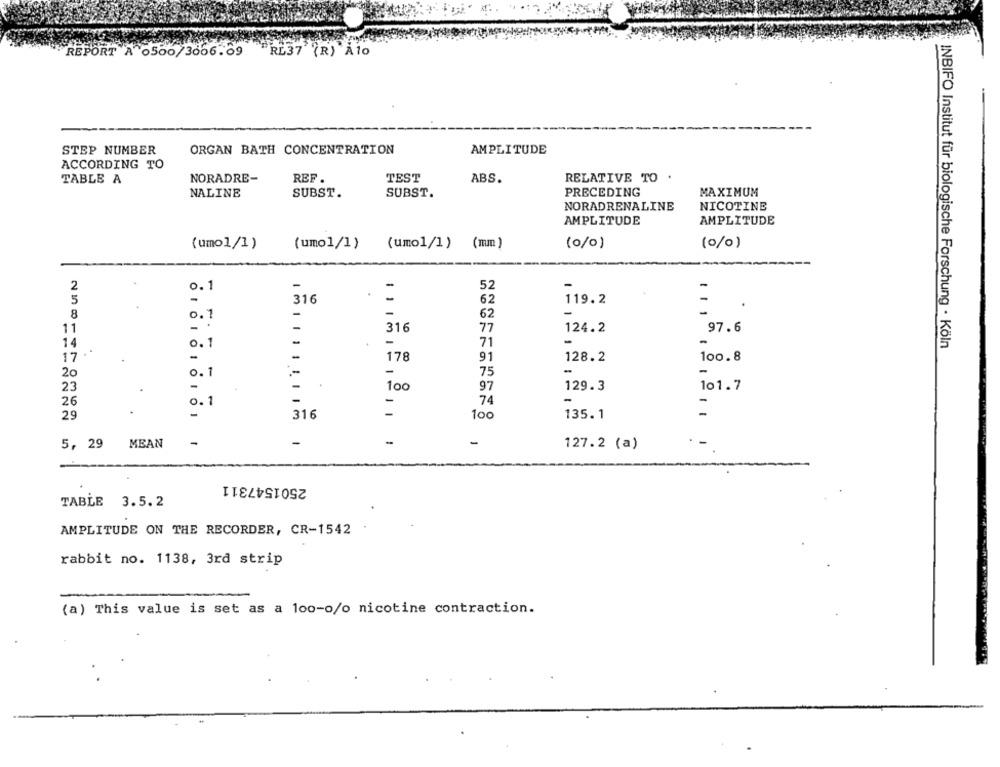
REPORT A 0500/3066.09
RL37' (R) Alo
STEP NUMBER
ORGAN BATH CONCENTRATION
AMPLITUDE
ACCORDING TO
REF
TABLE A
NORADRE-
TEST
ABS.
RELATIVE TO .
NALINE
PRECEDING
MAXIMUM
SUBST.
SUBST.
NORADRENALINE
NICOTINE
AMPLITUDE
AMPLITUDE
(umo1/1)
(umo1/1)
(mm)
(0/0)
(o/o)
(umo1/1)
2
-
-
0. 1
52
5
119.2
-
316
62
8
-
-
0. 7
62
11
-
316
77
124.2
97.6
14
0.1
-
-
71
INBIFO Institut für biologische Forschung · Köln
17
-
178
91
128.2
100.8
-
20
0.1
-
75
23
-
-
97
129.3
101.7
-
26
0 .1
-
-
74
-
135.1
-
29
316
100
5, 29
MEAN
-
-
-
-
127.2 (a)
-
2501547311
TABLE 3.5.2
AMPLITUDE ON THE RECORDER, CR-1542
rabbit no. 1138, 3rd strip
(a) This value is set as a loo-o/o nicotine contraction.